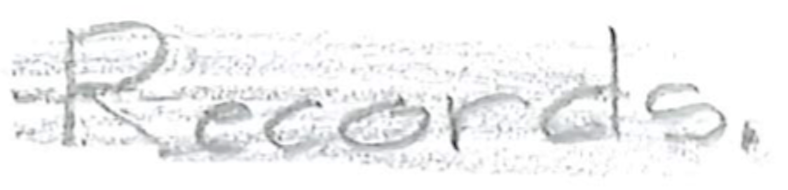
Text: Records.
Cross-out: scratch
Writing tool: pencil